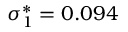
\sigma _ { 1 } ^ { * } = 0 . 0 9 4